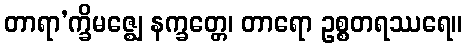
တာရာ’က္ခိမဇ္ဈေ နက္ခတ္တေ၊ တာရော ဥစ္စတရဿရေ။